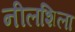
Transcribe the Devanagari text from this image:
नीलशिला